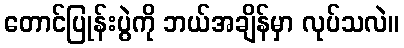
တောင်ပြုန်းပွဲကို ဘယ်အချိန်မှာ လုပ်သလဲ။